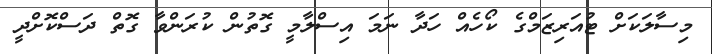
މިސާލަކަށް ޓުއަރިޒަމްގެ ކޯހެއް ހަދާ ނަމަ އިސްލާމީ ގޮތުން ކުރަންވާ ގޮތް ދަސްކޮށްދީ